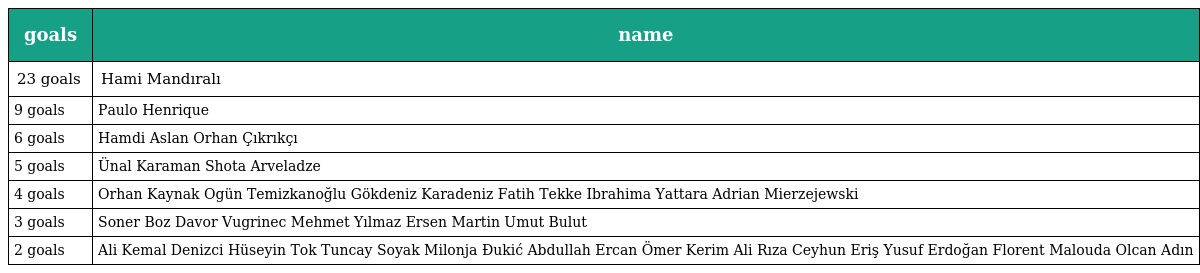
| goals | name |
 | --- | --- |
 | 23 goals | Hami Mandıralı |
 | 9 goals | Paulo Henrique |
 | 6 goals | Hamdi Aslan Orhan Çıkrıkçı |
 | 5 goals | Ünal Karaman Shota Arveladze |
 | 4 goals | Orhan Kaynak Ogün Temizkanoğlu Gökdeniz Karadeniz Fatih Tekke Ibrahima Yattara Adrian Mierzejewski |
 | 3 goals | Soner Boz Davor Vugrinec Mehmet Yılmaz Ersen Martin Umut Bulut |
 | 2 goals | Ali Kemal Denizci Hüseyin Tok Tuncay Soyak Milonja Đukić Abdullah Ercan Ömer Kerim Ali Rıza Ceyhun Eriş Yusuf Erdoğan Florent Malouda Olcan Adın |